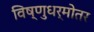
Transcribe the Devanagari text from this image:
विष्णुधर्मोतर